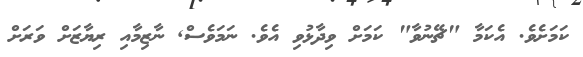
ކަމަށެވެ. އެކަމާ "ޗޭނުވާ" ކަމަށް ވިދާޅުވި އެވެ. ނަމަވެސް